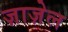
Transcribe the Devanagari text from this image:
ज़ाज़ेल